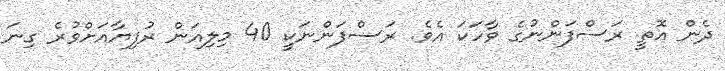
ދެން އޮތީ ރަސްފަންނުގެ ވާހަކަ އެވެ. ރަސްފަންނަކީ 40 މިލިއަން ރުފިޔާއަށްވުރެ ގިނަ